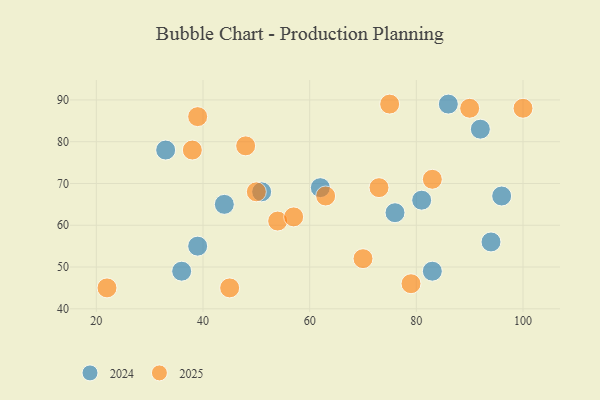
{"axis": {"x": "GDP", "y": "Life Expectancy"}, "legend": ["2024", "2025"], "data": [{"x": "39", "y": 55, "type": "2024"}, {"x": "83", "y": 49, "type": "2024"}, {"x": "51", "y": 68, "type": "2024"}, {"x": "62", "y": 69, "type": "2024"}, {"x": "81", "y": 66, "type": "2024"}, {"x": "92", "y": 83, "type": "2024"}, {"x": "76", "y": 63, "type": "2024"}, {"x": "36", "y": 49, "type": "2024"}, {"x": "96", "y": 67, "type": "2024"}, {"x": "44", "y": 65, "type": "2024"}, {"x": "33", "y": 78, "type": "2024"}, {"x": "86", "y": 89, "type": "2024"}, {"x": "94", "y": 56, "type": "2024"}, {"x": "54", "y": 61, "type": "2025"}, {"x": "38", "y": 78, "type": "2025"}, {"x": "70", "y": 52, "type": "2025"}, {"x": "50", "y": 68, "type": "2025"}, {"x": "57", "y": 62, "type": "2025"}, {"x": "22", "y": 45, "type": "2025"}, {"x": "45", "y": 45, "type": "2025"}, {"x": "79", "y": 46, "type": "2025"}, {"x": "83", "y": 71, "type": "2025"}, {"x": "39", "y": 86, "type": "2025"}, {"x": "63", "y": 67, "type": "2025"}, {"x": "90", "y": 88, "type": "2025"}, {"x": "73", "y": 69, "type": "2025"}, {"x": "48", "y": 79, "type": "2025"}, {"x": "100", "y": 88, "type": "2025"}, {"x": "75", "y": 89, "type": "2025"}]}